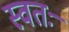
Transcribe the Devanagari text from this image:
स्वतः